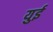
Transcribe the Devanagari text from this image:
युई